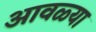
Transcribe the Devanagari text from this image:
आवळ्या